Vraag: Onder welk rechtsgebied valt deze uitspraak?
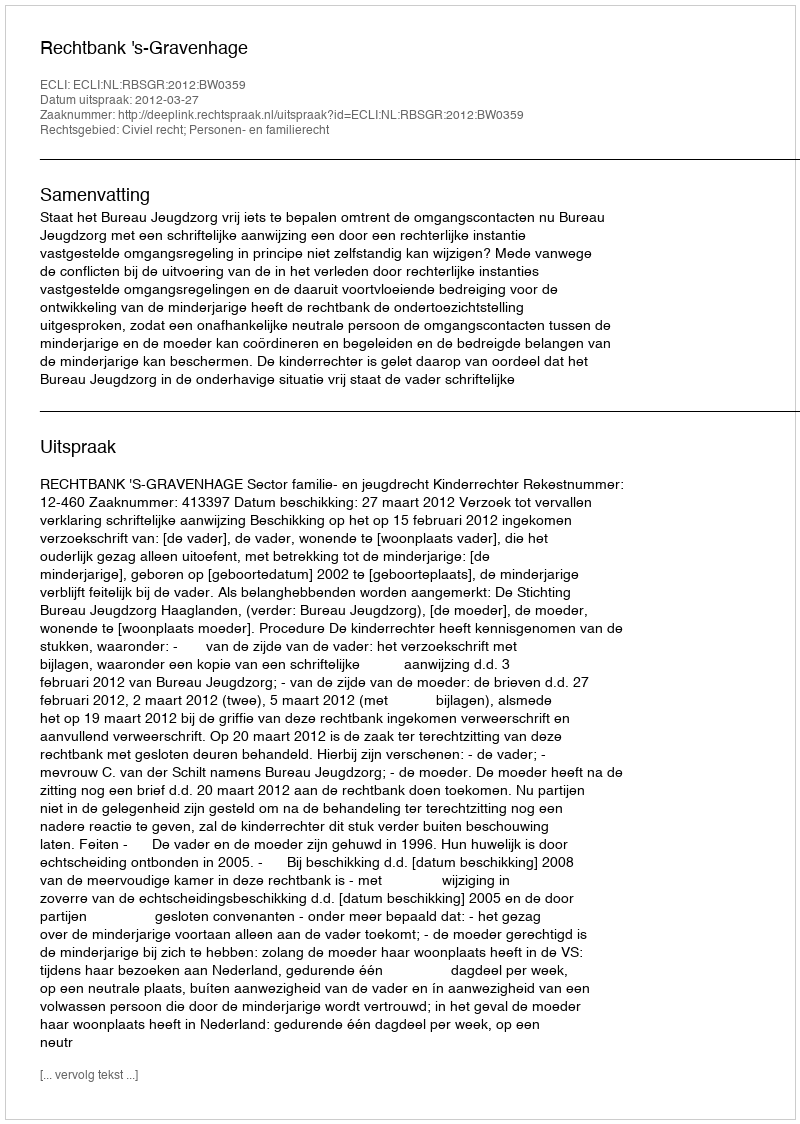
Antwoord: Civiel recht; Personen- en familierecht